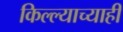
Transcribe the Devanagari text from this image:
किल्ल्याच्याही